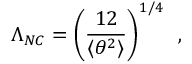
\Lambda _ { N C } = \left( \frac { 1 2 } { \langle \theta ^ { 2 } \rangle } \right) ^ { 1 / 4 } \, \, \, ,